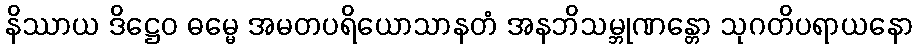
နိဿာယ ဒိဋ္ဌေဝ ဓမ္မေ အမတပရိယောသာနတံ အနဘိသမ္ဘုဏန္တော သုဂတိပရာယနော